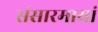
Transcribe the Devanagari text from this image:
संसारमायां